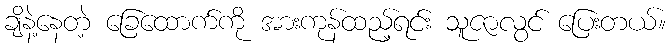
ချိနဲ့နေတဲ့ ခြေထောက်ကို အားကုန်ထည့်ရင်း သူဇာလွင် ပြေးတယ်။